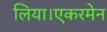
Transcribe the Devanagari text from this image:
लिया।एकरमेन